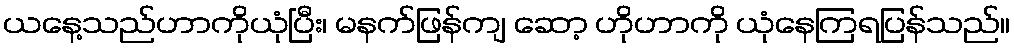
ယနေ့သည်ဟာကိုယုံပြီး၊ မနက်ဖြန်ကျ ဆော့ ဟိုဟာကို ယုံနေကြရပြန်သည်။